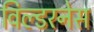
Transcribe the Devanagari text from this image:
विल्डरनेस